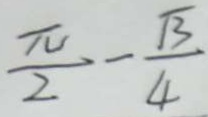
\frac { \pi } { 2 } - \frac { \sqrt { 3 } } { 4 }